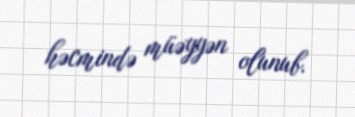
həcmində müəyyən olunub.